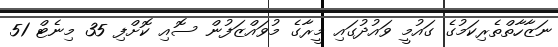
ނަޒާހާތްތެރިކަމުގެ ގައުމީ ވައުދުގައި މީރާގެ މުވައްޒަފުން ސޮއި ކޮށްފި 35 މިނެޓް 51